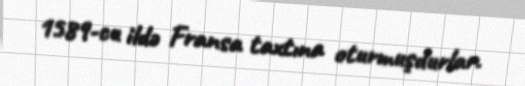
1589-cu ildə Fransa taxtına oturmuşdurlar.